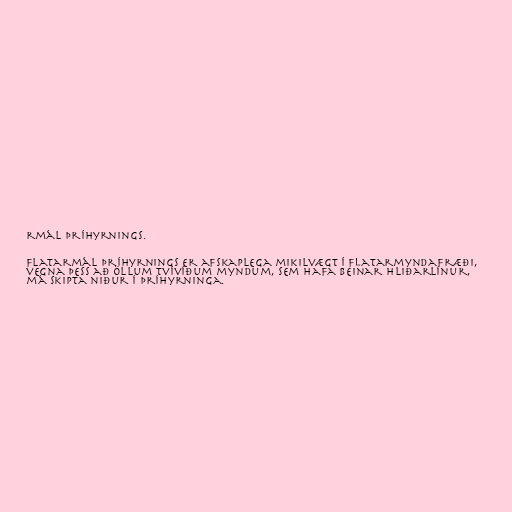
rmál þríhyrnings.

Flatarmál þríhyrnings er afskaplega mikilvægt í flatarmyndafræði,
vegna þess að öllum tvívíðum myndum, sem hafa beinar hliðarlínur,
má skipta niður í þríhyrninga.